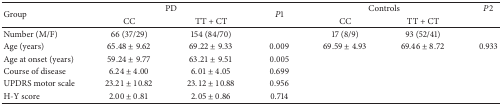
<table><thead><tr><td rowspan="2"><b>Group</b></td><td colspan="2"><b>PD</b></td><td rowspan="2"><b><i>P</i>1</b></td><td colspan="2"><b>Controls</b></td><td><b><i>P</i>2</b></td></tr><tr><td><b>CC</b></td><td><b>TT + CT</b></td><td><b>CC</b></td><td><b>TT + CT</b></td><td><b> </b></td></tr></thead><tbody><tr><td>Number (M/F)</td><td>66 (37/29)</td><td>154 (84/70)</td><td> </td><td>17 (8/9)</td><td>93 (52/41)</td><td> </td></tr><tr><td>Age (years)</td><td>65.48 ± 9.62</td><td>69.22 ± 9.33</td><td>0.009</td><td>69.59 ± 4.93</td><td>69.46 ± 8.72</td><td>0.933</td></tr><tr><td>Age at onset (years)</td><td>59.24 ± 9.77</td><td>63.21 ± 9.51</td><td>0.005</td><td> </td><td> </td><td> </td></tr><tr><td>Course of disease</td><td>6.24 ± 4.00</td><td>6.01 ± 4.05</td><td>0.699</td><td> </td><td> </td><td> </td></tr><tr><td>UPDRS motor scale</td><td>23.21 ± 10.82</td><td>23.12 ± 10.88</td><td>0.956</td><td> </td><td> </td><td> </td></tr><tr><td>H-Y score</td><td>2.00 ± 0.81</td><td>2.05 ± 0.86</td><td>0.714</td><td> </td><td> </td><td> </td></tr></tbody></table>